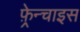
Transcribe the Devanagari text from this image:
फ़्रेन्चाइस